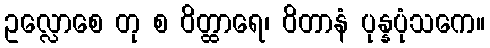
ဥလ္လောစေ တု စ ဝိတ္ထာရေ၊ ဝိတာနံ ပုန္နပုံသကေ။